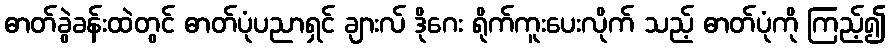
ဓာတ်ခွဲခန်းထဲတွင် ဓာတ်ပုံပညာရှင် ချားလ် ဒိုဂေး ရိုက်ကူးပေးလိုက် သည့် ဓာတ်ပုံကို ကြည့်၍